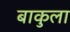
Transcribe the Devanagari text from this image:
बाकुला